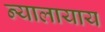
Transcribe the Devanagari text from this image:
न्यालायाय